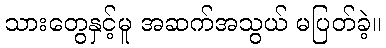
သားတွေနှင့်မူ အဆက်အသွယ် မပြတ်ခဲ့။